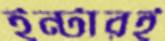
ইন্টারই